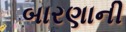
બારણાની